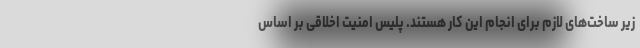
زیر ساخت‌های لازم برای انجام این کار هستند. پلیس امنیت اخلاقی بر اساس